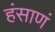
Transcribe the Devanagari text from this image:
हंसाणं